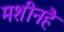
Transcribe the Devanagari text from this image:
मशीनहै